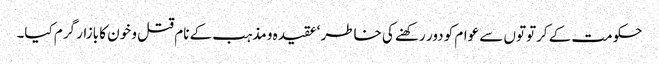
حکومت کے کرتوتوں سے عوام کو دور رکھنے کی خاطر ‘عقیدہ و مذہب کے نام قتل و خون کا بازار گرم کیا۔